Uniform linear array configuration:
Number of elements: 32
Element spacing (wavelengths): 0.75
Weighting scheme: cosine
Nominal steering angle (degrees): -45
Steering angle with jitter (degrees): -46.321
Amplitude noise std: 0.05
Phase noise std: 0.05

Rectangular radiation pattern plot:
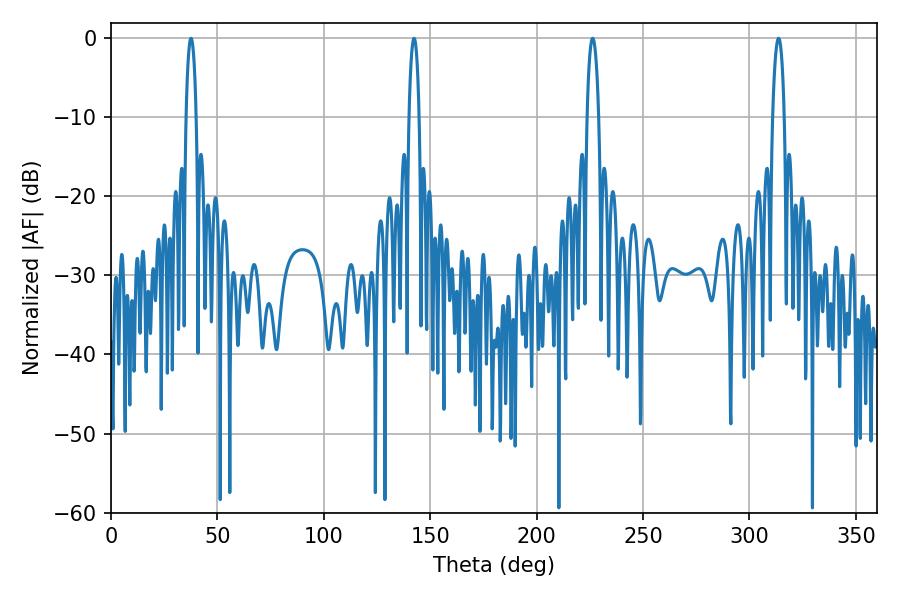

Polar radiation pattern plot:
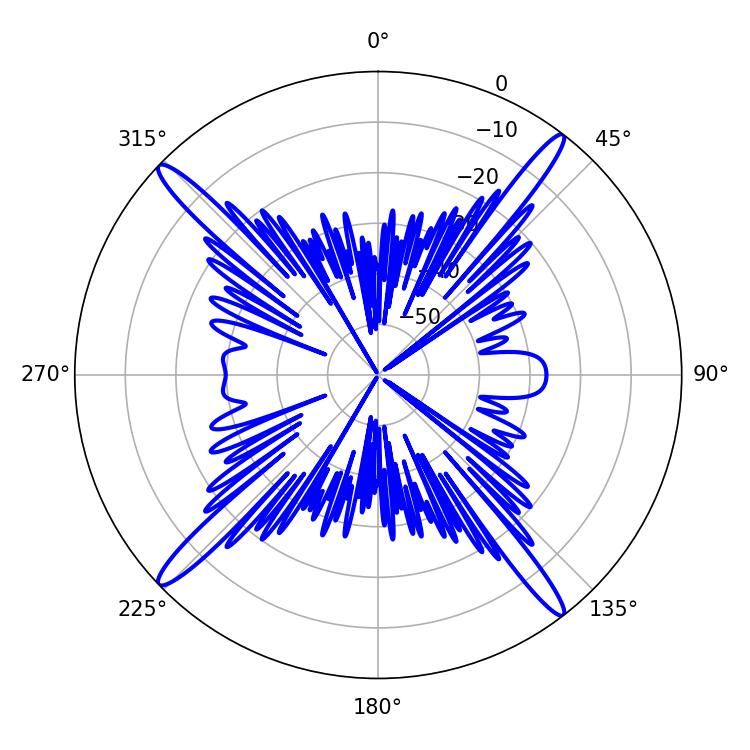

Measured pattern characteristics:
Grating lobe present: TRUE
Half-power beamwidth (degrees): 2.52
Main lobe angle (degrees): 37.62